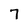
Character: 7